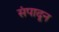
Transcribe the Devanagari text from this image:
संपादून